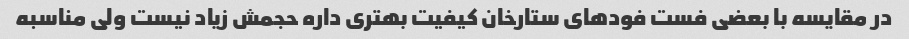
در مقایسه با بعضی فست فودهای ستارخان کیفیت بهتری داره حجمش زیاد نیست ولی مناسبه